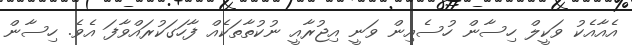
އެއާއެކު ވަކީލް ހިސާން ހުސެއިން ވަނީ އިޖުރާއީ ނުކުތާތަކެއް ފާހަގަކުރައްވާފަ އެވެ. ހިސާން